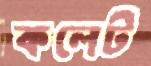
কলেট